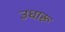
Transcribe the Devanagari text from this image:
उधारू